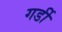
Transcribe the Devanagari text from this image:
गर्डी